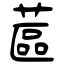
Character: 蓲